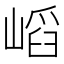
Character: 𡺫